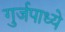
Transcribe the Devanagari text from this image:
गुर्जपाध्ये